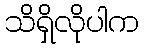
သိရှိလိုပါက